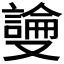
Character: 𫩎